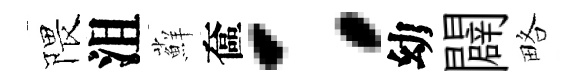
隈沮蘚奩：幼闢略